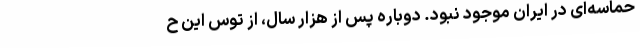
حماسه‌ای در ایران موجود نبود. دوباره پس از هزار سال، از توس این ح